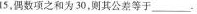
15，偶数项之和为30，则其公差等于_____-